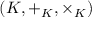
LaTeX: ( K , + _ { K } , \times _ { K } )